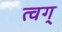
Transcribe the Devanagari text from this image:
त्वग्